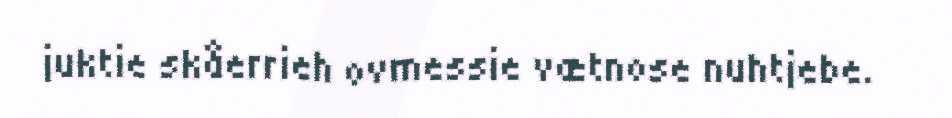
juktie skåerrieh ovmessie vætnose nuhtjebe.